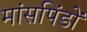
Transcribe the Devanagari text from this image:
मांसपिंडों